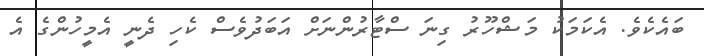
ބައެކެވެ. އެކަމަކު މަޝްހޫރު ގިނަ ސްޓާރުންނަށް އަބަދުވެސް ކެހި ދެނީ އެމީހުންގެ އެ